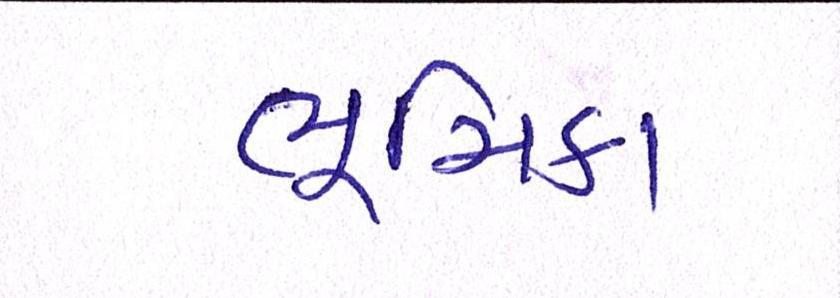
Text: ભૂમિકા